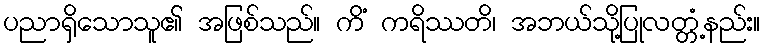
ပညာရှိသောသူ၏ အဖြစ်သည်။ ကိံ ကရိဿတိ၊ အဘယ်သို့ပြုလတ္တံ့နည်း။